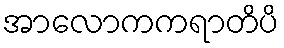
အာလောကကရာတိပိ